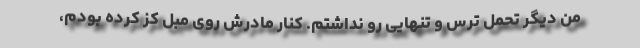
من دیگر تحمل ترس و تنهایی رو نداشتم. کنار مادرش روی مبل کز کرده بودم،